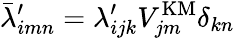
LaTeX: \bar{\lambda}_{imn}^{\prime}=\lambda_{ijk}^{\prime}V_{jm}^{\mathrm{KM}}\delta_{kn}